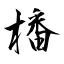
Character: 橎